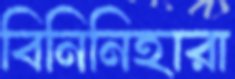
বিনিনিহারা